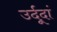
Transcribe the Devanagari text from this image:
उर्दूदां